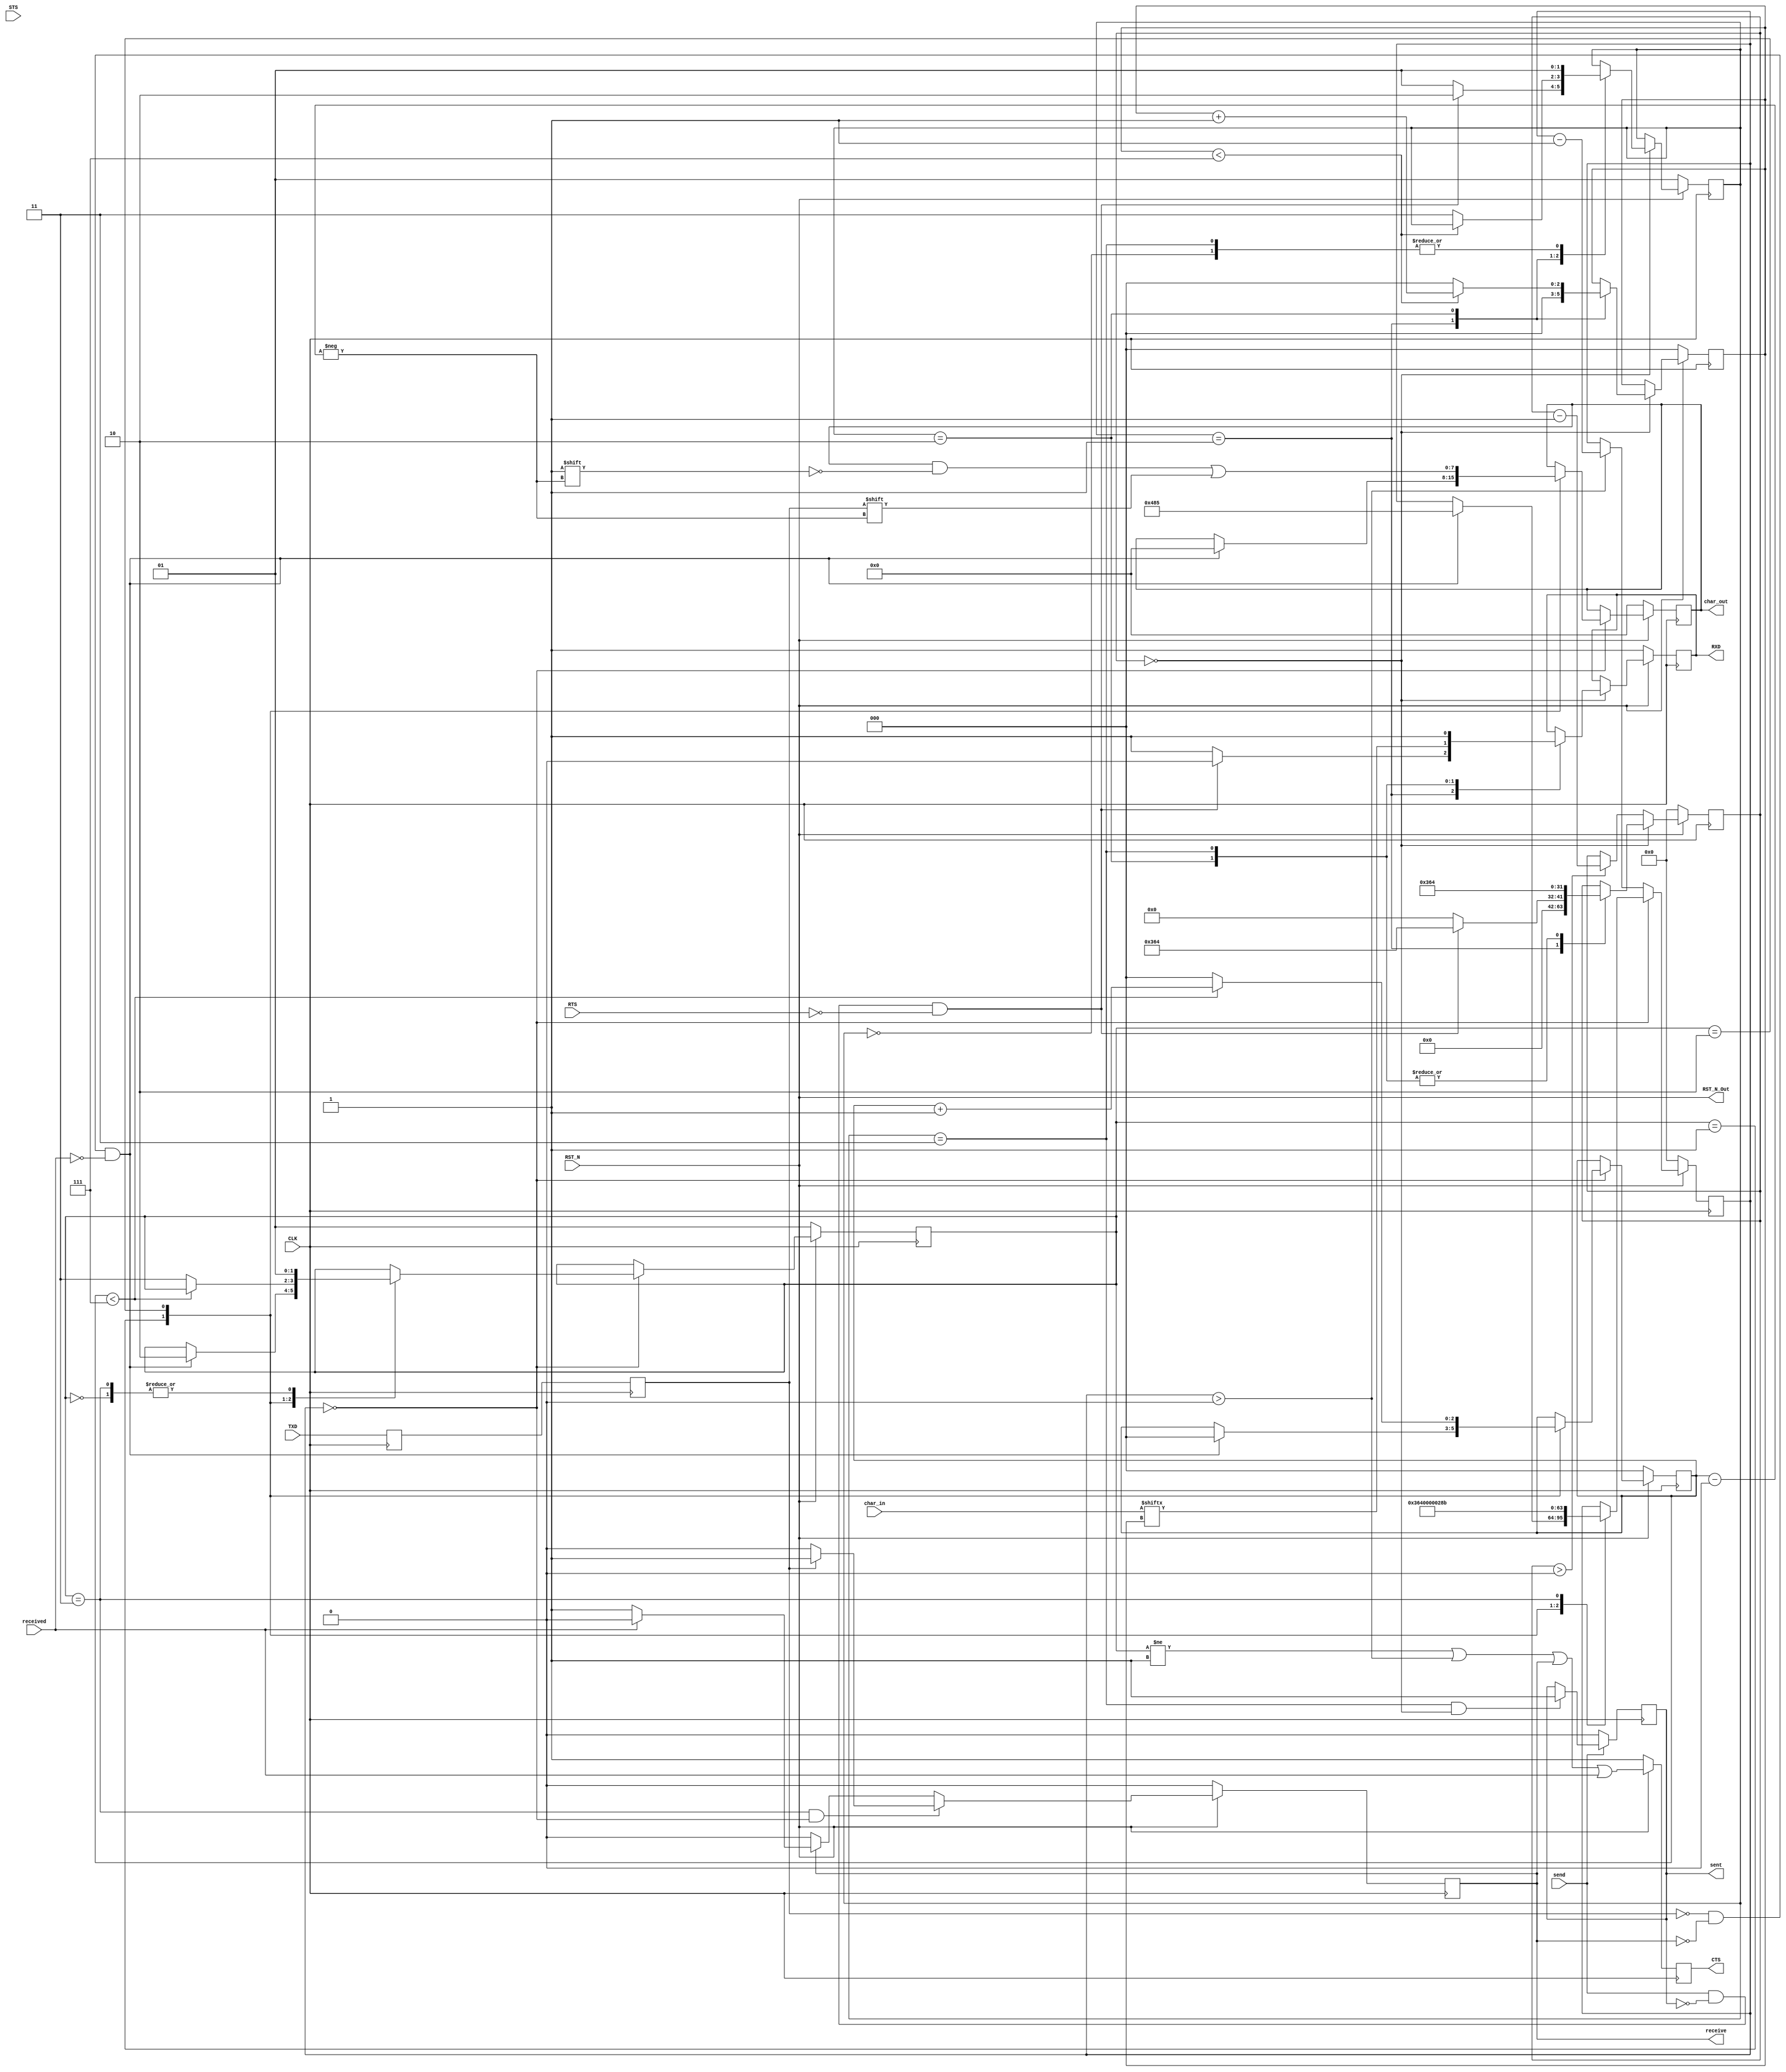
module PMOD_BT2 (
    input CLK,              // Clock - see also CLKS_PER_BAUD
    input RST_N,            // Active-low reset
    
    input  RTS,             // BT2 Ready-To-Send (Pin 1) 
    output reg RXD,         // BT2 RXD (Pin 2)
    input  TXD,             // BT2 TXD (Pin 3)
    output reg CTS,         // BT2 CTS (Pin 4)
    input  STS,             // BT2 Connection status (Pin 7)
    output wire RST_N_Out,  // BT2 Reset (active low) (Pin 8)
    
    input [7:0] char_in,        // Character (/byte) to send
    output reg [7:0] char_out,  // Character (/byte) received
    input send,                 // Active-high. Set to send. Keep high until 'sent' set.
    output reg sent,            // Active-high. Pulses for 1 clock cycle when 'char_in' finished sending.
    output reg receive,         // Active-high. Set while char_out valid when a byte is received.
    input received              // Active-high. Set for 1 clock cycle to clear 'receive' and being accepting next character.
    );
    
    parameter BAUD = 115200;
    parameter CLK_FREQ = 100000000; // 100MHz
    localparam CLKS_PER_BAUD = CLK_FREQ / BAUD;
    
    localparam [1:0] STATE_IDLE = 0;
    localparam [1:0] STATE_START = 1;
    localparam [1:0] STATE_BIT = 2;
    localparam [1:0] STATE_STOP = 3;

    assign RST_N_Out = RST_N;
    
    reg [1:0] send_state;
    reg [2:0] send_bitnum;
    reg [31:0] send_count;
    
    reg [1:0] receive_state;
    reg [2:0] receive_bitnum;
    reg [31:0] receive_count;
    
    // Double buffer as a low-quality but good-enough way to cross clock domains
    //  Solves frequent metastability issue when receiving characters
    reg TXD_buf1;
    reg TXD_buf2;
    always @(posedge CLK) begin
        TXD_buf1 <= TXD;
        TXD_buf2 <= TXD_buf1;
    end
    
    // Trigger 'sent' signal
    always @(posedge CLK) begin
        if (send) begin
            if (send_state == STATE_STOP && send_count == 0) begin
                sent <= 1;
            end
        end
        else begin
            sent <= 0;
        end
    end
    
    // Ready to start sending when signalled to and BT2 is ready
    // Note: RTS active low for BT2
    wire start_send = send && !sent && !RTS;
    
    // Send timing/state control
    always @(posedge CLK) begin
        if (!RST_N) begin
            send_state <= STATE_START;
            send_bitnum <= 0;
            send_count <= 0;
        end
        // Wait (approx.) duration of a bit in the BT2's clock domain
        else if (send_count == 0) begin
            case (send_state)
                // Shouldn't end up here but anyway...
                STATE_IDLE: begin
                    send_state <= STATE_START;
                end
                
                // Send the start bit
                STATE_START: begin
                    if (start_send) begin
                        send_state <= STATE_BIT;
                        send_bitnum <= 0;
                        send_count <= CLKS_PER_BAUD;
                    end
                    else begin
                        send_state <= STATE_START;
                        send_bitnum <= 0;
                        send_count <= 0;
                    end
                end

                // Send the 8 data bits
                STATE_BIT: begin
                    if (send_bitnum < 7) begin
                        send_bitnum <= send_bitnum + 1;
                    end
                    else begin
                        send_bitnum <= 0;
                        send_state <= STATE_STOP;
                    end
                    send_count <= CLKS_PER_BAUD;
                end
                
                // Send the stop bit
                STATE_STOP: begin
                    send_state <= STATE_START;
                    send_count <= CLKS_PER_BAUD;
                end
            endcase
        end
        else if (send_count > 0) begin
            send_count <= send_count - 1;
        end
    end
    
    // Data line control
    always @(posedge CLK) begin
        if (!RST_N) begin
            // 0 = Start bit, so drive high to avoid data transmission
            RXD <= 1;
        end
        else begin
            // Wait (approx.) duration of a bit in the BT2's clock domain
            if (send_count == 0) begin
                case (send_state)
                    // Send the start bit
                    STATE_START: begin
                        if (start_send) begin
                            RXD <= 0;
                        end
                        else begin
                            RXD <= 1;
                        end
                    end

                    // Send a data bit
                    STATE_BIT: begin
                        RXD <= char_in[send_bitnum];
                    end
                    
                    // Send the stop bit
                    STATE_STOP: begin
                        RXD <= 1;
                    end
                endcase
            end
        end
    end
    
    // Ready to start receiving when the BT2 sends the start bit and any previous byte has been processed
    wire start_receive = TXD_buf2 == 0 && !receive && !received;

    // Receiving timing/state control
    always @(posedge CLK) begin
        if (!RST_N) begin
            receive_state <= STATE_START;
            receive_bitnum <= 0;
            receive_count <= 0;
        end
        // Wait (approx.) duration of a bit in the BT2's clock domain
        else if (receive_count == 0) begin
            case (receive_state)
                // Shouldn't end up here but anyway...
                STATE_IDLE: begin
                    receive_state <= STATE_START;
                end
                
                // Wait for and receive the start bit
                STATE_START: begin
                    if (start_receive) begin
                        receive_bitnum <= 0;
                        receive_count <= CLKS_PER_BAUD + (CLKS_PER_BAUD / 3);
                        receive_state <= STATE_BIT;
                    end
                end

                // Receive data bits
                STATE_BIT: begin
                    if (receive_bitnum < 7) begin
                        receive_bitnum <= receive_bitnum + 1;
                    end
                    else begin
                        receive_bitnum <= 0;
                        receive_state <= STATE_STOP;
                    end

                    receive_count <= CLKS_PER_BAUD;
                end

                // Receive stop bit
                //  Then wait a bit of extra time before returning to START
                //  This ensures CTS goes low after the stop bit has finished transmitting
                STATE_STOP: begin
                    receive_state <= STATE_START;
                    receive_count <= 3 * (CLKS_PER_BAUD / 4);
                end
            endcase
        end
        else if (receive_count > 0) begin
            receive_count <= receive_count - 1;
        end
    end
    
    // Data line input
    always @(posedge CLK) begin
        if (!RST_N) begin
            char_out <= 0;
        end
        // Wait (approx.) duration of a bit in the BT2's clock domain
        else if (receive_count == 0) begin
            case (receive_state)
                // Receive the start bit
                STATE_START: begin
                    if (start_receive) begin
                        char_out <= 0;
                    end
                end

                // Receive a data bit
                STATE_BIT: begin            
                    char_out[receive_bitnum] <= TXD_buf2;
                end
                
                // Stop bit is handled below
            endcase
        end
    end
    
    always @(posedge CLK) begin
        if (!RST_N) begin
            receive <= 0;
        end
        else begin
            // If supposed to be receiving stop bit
            if (receive_state == STATE_STOP && receive_count == 0) begin
                // Check for stop bit
                if (TXD_buf2) begin
                    // Successful byte receive
                    receive <= 1;
                end
                else begin
                    // Fail. Wasn't a proper byte.
                    receive <= 0;
                end
            end
            // Wait for `received` to indicate safe to receive next char
            else if (receive) begin
                if (received) begin
                    receive <= 0;
                end
            end
        end
    end

    // Clear-To-Send control
    // Note: CTS active low for BT2
    always @(posedge CLK) begin
        if (!RST_N) begin
            // Never clear to send while being reset as we can't receive anything 
            CTS <= 1;
        end
        else begin
            // CTS when finished fully receiving/accepting previous byte
            CTS <= receive_state != STATE_START || receive_count > 0 || receive || received;
        end
    end
    
endmodule